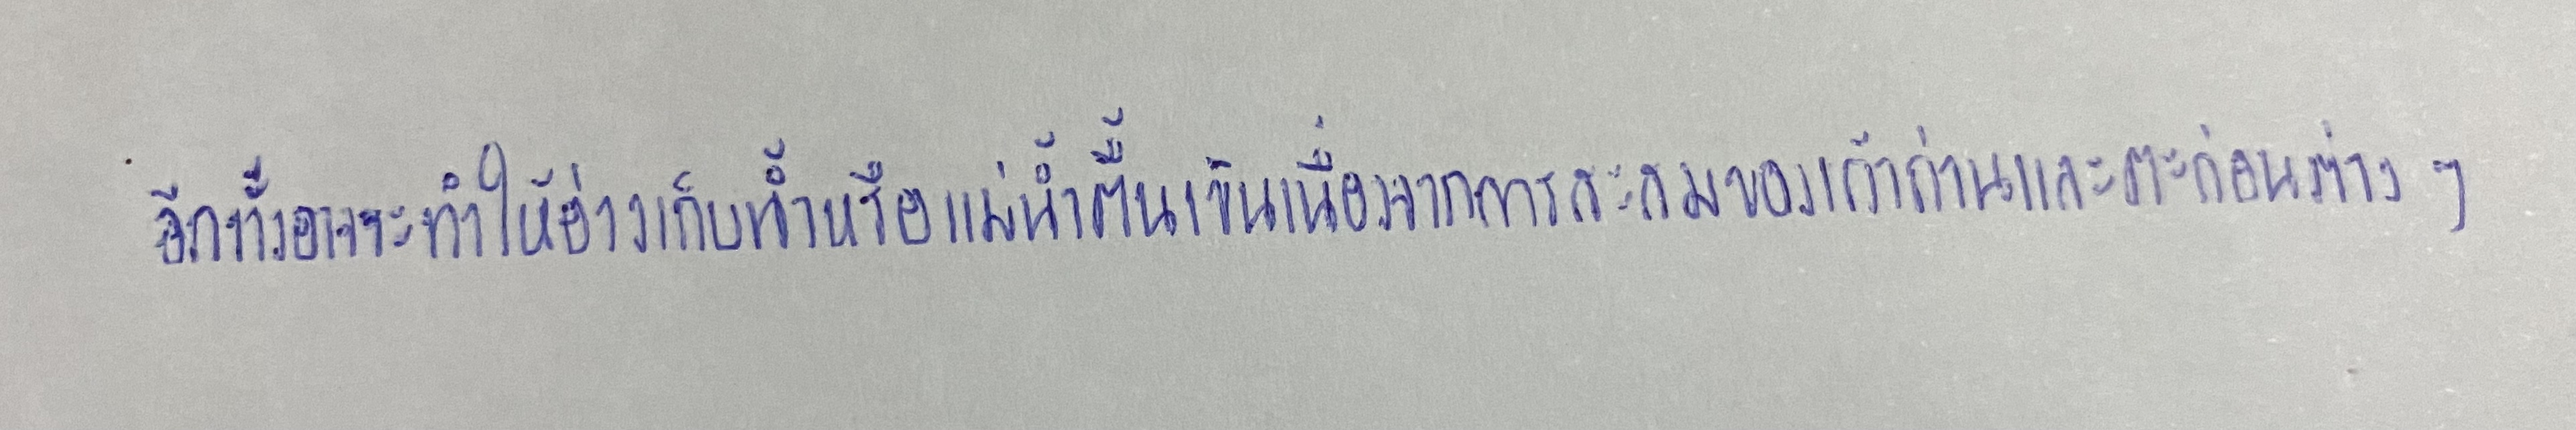
อีกทั้งอาจจะทำให้อ่างเก็บน้ำหรือแม่น้ำตื้นเขินเนื่องจากการสะสมของเถ้าถ่านและตะกอนต่างๆ